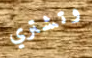
وتشتري